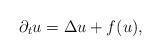
LaTeX: \begin{align*}\partial _t u=\Delta u +f(u),\end{align*}